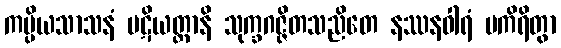
ကပ္ပိယသာသနံ ပဋိယတ္တာနိ သုက္ခဂဇ္ဇိတသညိတေ နဿနဝါရံ ပကိရိတွာ